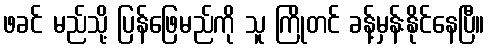
ဖခင် မည်သို့ ပြန်ဖြေမည်ကို သူ ကြိုတင် ခန့်မှန်းနိုင်နေပြီ။